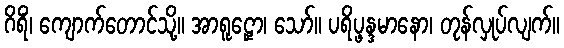
ဂိရိံ၊ ကျောက်တောင်သို့။ အာရူဠှော၊ သော်။ ပရိပ္ဖန္ဒမာနော၊ တုန်လှုပ်လျက်။